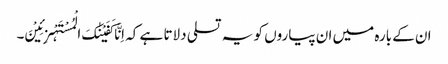
ان کے بارہ میں ان پیاروں کو یہ تسلی دلاتا ہے کہ اِنَّا کَفَیْنٰکَ الْمُسْتَہْزِئِیْنَ۔